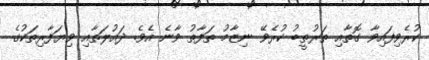
ކުރެވިފައިވާ ގޮތާއި ތަރުތީބު ކުރެވޭ ނިޒާމު ތަފާތު ވާނެ އެވެ. ދައުލަތާއި ވިޔަފާރިތަކުގެ